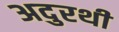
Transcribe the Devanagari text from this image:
अदुरथी